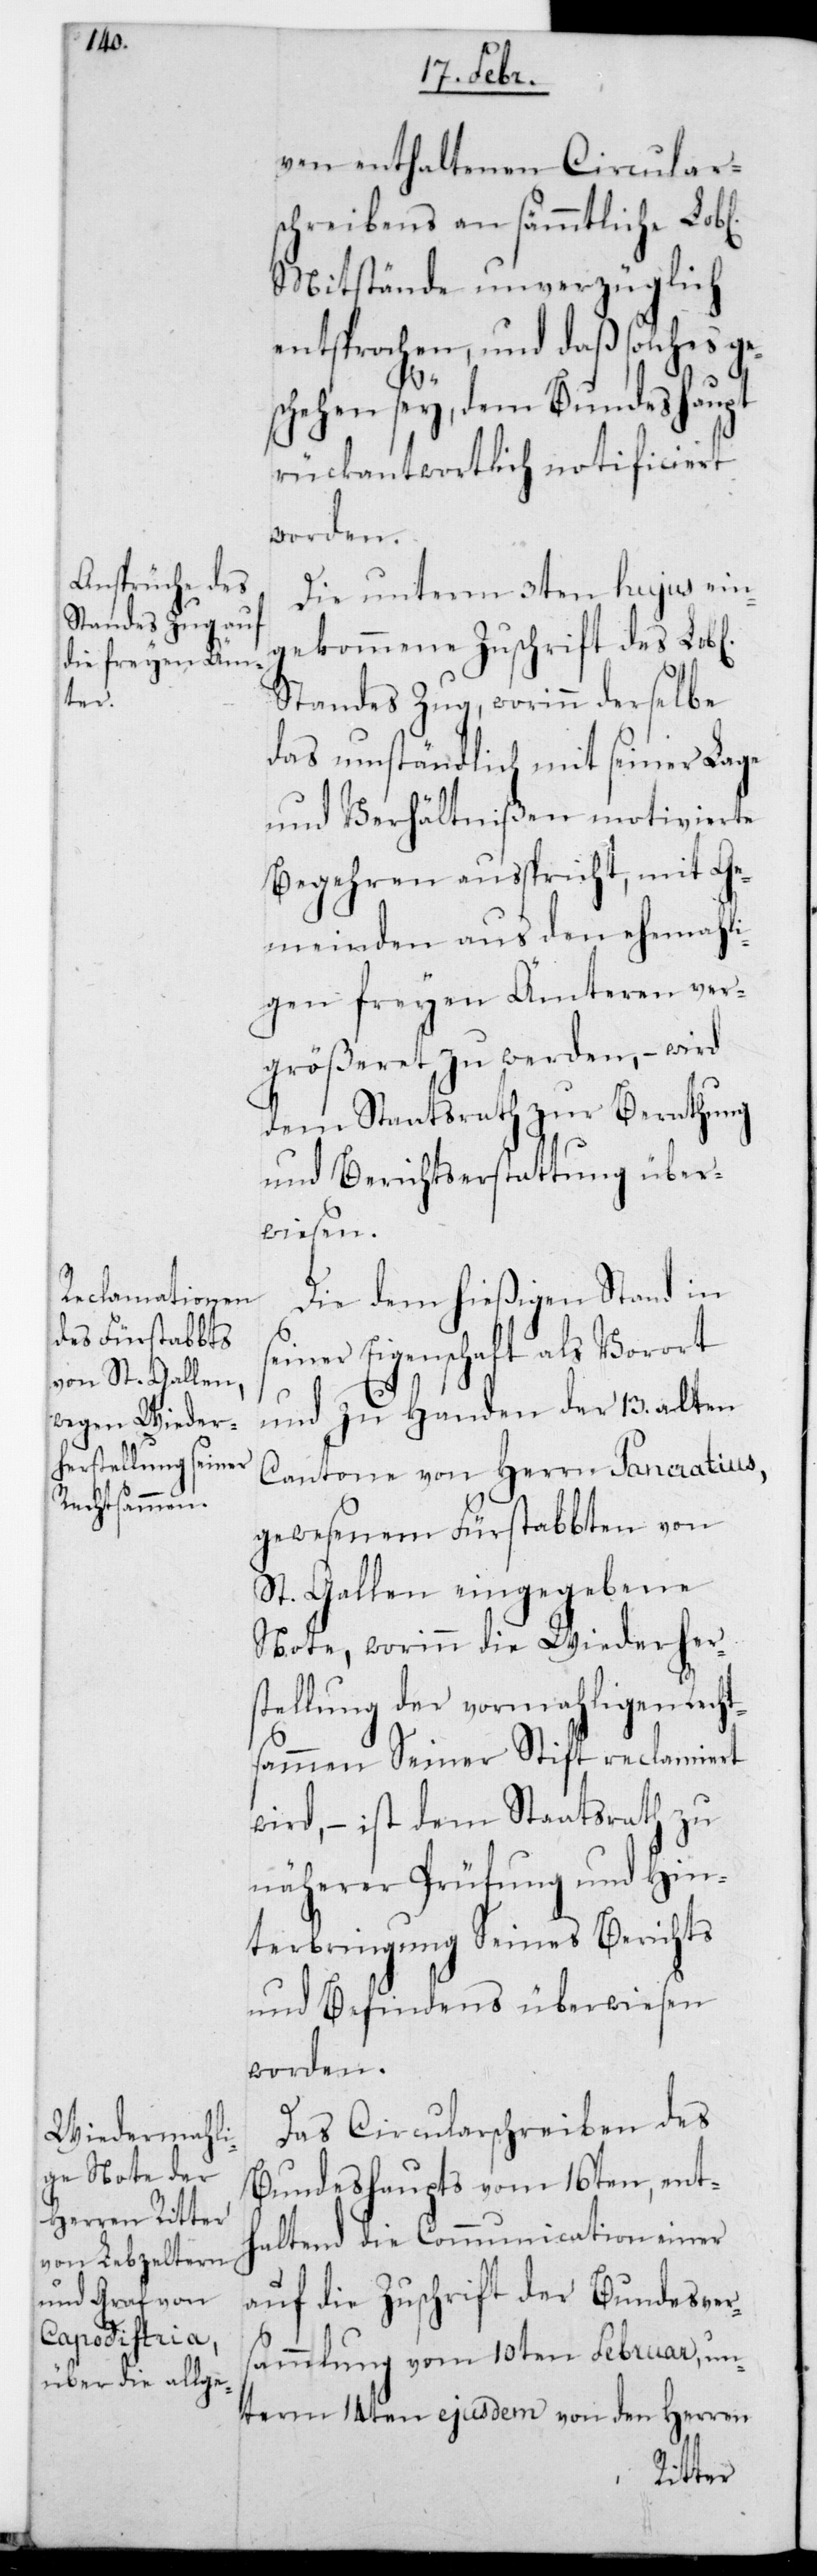
ven enthaltenen Circular¬
schreibens an sämmtliche Lobl.
Mitstände unverzüglich
entsprochen, und daß solches ge¬
schehen sey, dem Bundeshaupt
rückantwortlich notificiert
worden.
Die unterm 3ten hujus ein¬
gekommene Zuschrift des Lobl.
Standes Zug, worinn derselbe
das umständlich mit seiner Lage
und Verhältnißen motivierte
Begehren außpricht, mit Ge¬
meinden aus den ehemali¬
gen freyen Ämteren ver¬
größeret zu werden, wird
dem Staatsrath zur Berathung
und Berichtserstattung über¬
wiesen.
Die dem hießigen Stand in
seiner Eigenschaft als Vorort
und zu Handen der 13. alten
Cantone von Herrn Pancrathius,
gewesenen Fürstabbten von
St. Gallen eingegebene
Note, worinn die Wiederher¬
stellung der vormaligen Recht¬
sammen Seiner Stift reclamiert
wird, – ist dem Staatsrath zu
näherer Prüfung und Hin¬
terbringung seines Berichts
und Befindens überwiesen
worden.
Das Circularschreiben des
Bundeshaupts vom 16ten, enth¬
altend die Communication einer
auf die Zuschrift der Bundesver¬
sammlung vom 10ten Februar, un¬
term 14ten ejusdem von den Herren